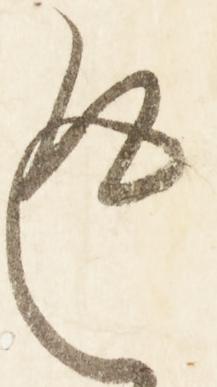
返